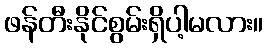
ဖန်တီးနိုင်စွမ်းရှိပါ့မလား။